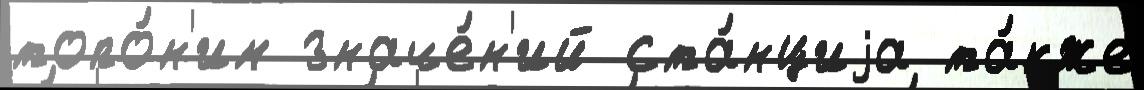
топо́н'им значе́н'ий ста́нциjа та́кже